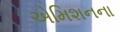
એમિશનના